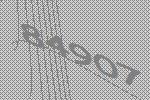
84907